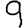
Digit: 9